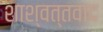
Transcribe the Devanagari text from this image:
शाश्वत्तवाद